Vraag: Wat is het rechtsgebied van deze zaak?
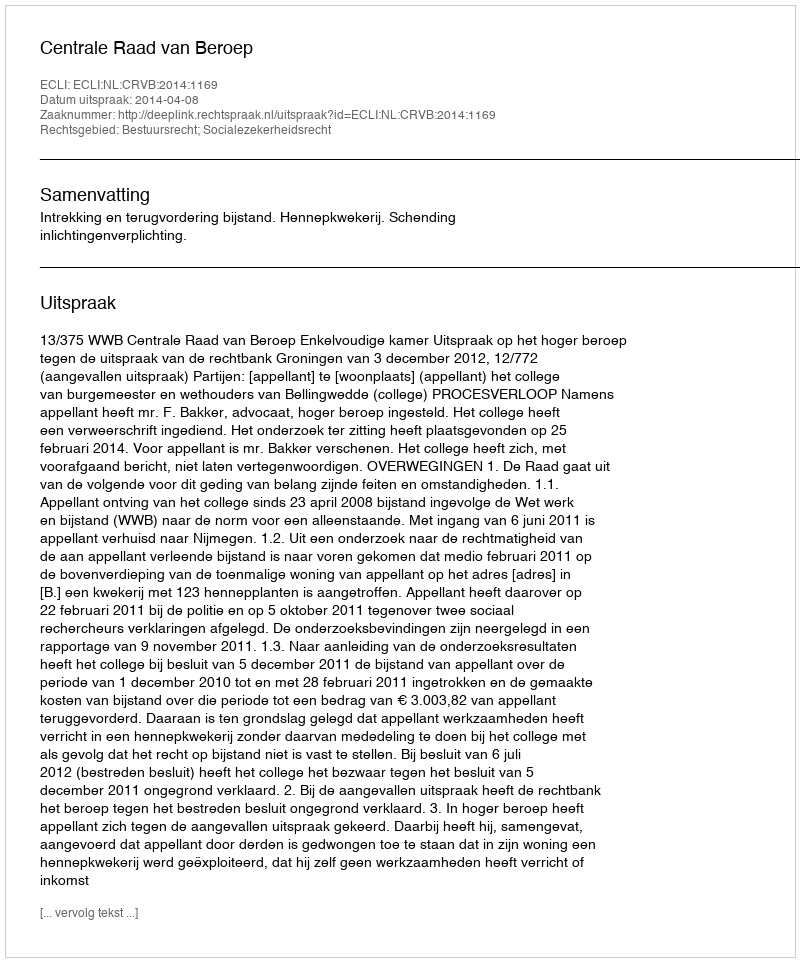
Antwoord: Bestuursrecht; Socialezekerheidsrecht